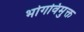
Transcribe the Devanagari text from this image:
भोगविमुक्त